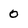
Character: 0